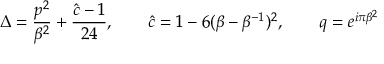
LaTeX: \Delta = { \frac { p ^ { 2 } } { \beta ^ { 2 } } } + { \frac { \hat { c } - 1 } { 2 4 } } , \qquad \hat { c } = 1 - 6 ( \beta - \beta ^ { - 1 } ) ^ { 2 } , \qquad q = e ^ { i \pi \beta ^ { 2 } }